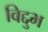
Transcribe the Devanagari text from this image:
विद्दुभ